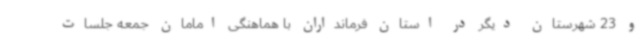
و 23 شهرستان دیگر در استان فرمانداران با هماهنگی امامان جمعه جلسات